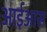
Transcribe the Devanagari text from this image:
आईआस